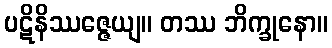
ပဋိနိဿဇ္ဇေယျ။ တဿ ဘိက္ခုနော။